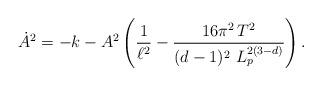
LaTeX: \begin{align*}\dot{A}^2 = -k - A^2 \left( \frac{1}{\ell^2} - \frac{16 \pi^2 \,T^2}{(d-1)^2\,\,L_p^{2(3-d)}} \right).\end{align*}